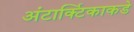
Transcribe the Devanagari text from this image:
अंटार्क्टिकाकडे